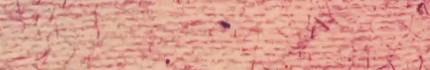
OPEN 24 HOURS